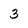
Character: 3